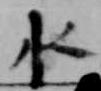
水